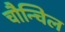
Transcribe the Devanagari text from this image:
चौन्चिल